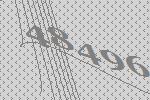
48496